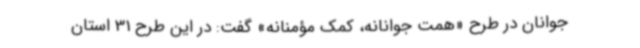
جوانان در طرح «همت جوانانه، کمک مؤمنانه» گفت: در این طرح 31 استان